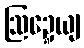
ဩဍ္ဍေယျ